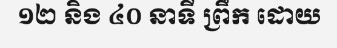
១២ និង ៤០ នាទី ព្រឹក ដោយ